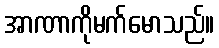
အာဏာကိုမက်မောသည်။